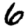
Digit: 6